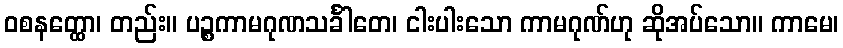
ဝစနတ္ထော၊ တည်း။ ပဉ္စကာမဂုဏသင်္ခါတေ၊ ငါးပါးသော ကာမဂုဏ်ဟု ဆိုအပ်သော။ ကာမေ၊